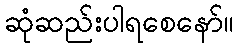
ဆုံဆည်းပါရစေနော်။